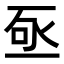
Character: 𬼿